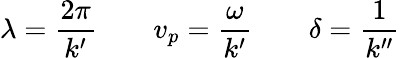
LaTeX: \lambda={\frac{2\pi}{k^{\prime}}}\qquad v_{p}={\frac{\omega}{k^{\prime}}}\qquad\delta={\frac{1}{k^{\prime\prime}}}